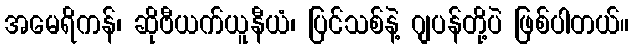
အမေရိကန်၊ ဆိုဗီယက်ယူနီယံ၊ ပြင်သစ်နဲ့ ဂျပန်တို့ပဲ ဖြစ်ပါတယ်။